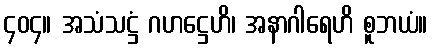
၄၀၄။ အသံသဋ္ဌံ ဂဟဋ္ဌေဟိ၊ အနာဂါရေဟိ စူဘယံ။